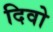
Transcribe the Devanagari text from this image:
दिवो